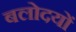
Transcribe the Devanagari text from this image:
बलोदयों